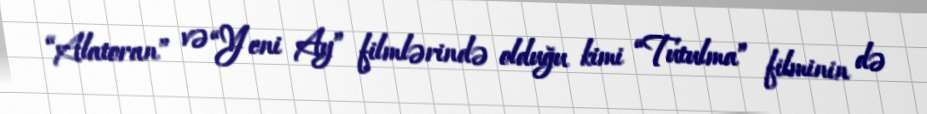
“Alatoran” və “Yeni Ay” filmlərində olduğu kimi “Tutulma” filminin də